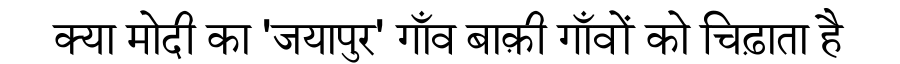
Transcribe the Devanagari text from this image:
क्या मोदी का 'जयापुर' गाँव बाक़ी गाँवों को चिढ़ाता है